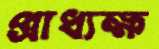
প্রাধ্যক্ষ